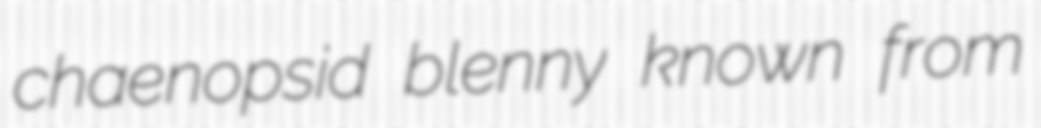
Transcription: chaenopsid blenny known from